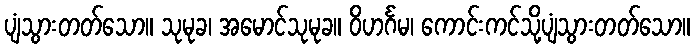
ပျံသွားတတ်သော။ သုမုခ၊ အမောင်သုမုခ။ ဝိဟင်္ဂမ၊ ကောင်းကင်သို့ပျံသွားတတ်သော။